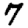
Digit: 7